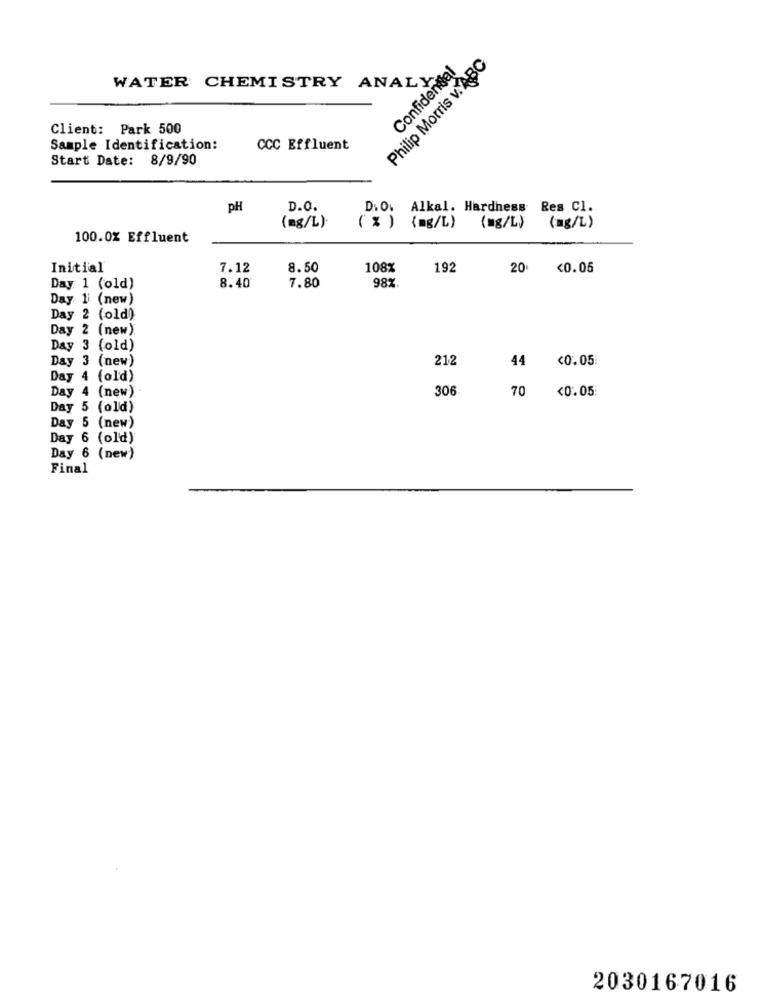
Philip Morris v. ABC
Confidental
WATER CHEMISTRY ANALY
Client: Park 500
Sample Identification:
CCC Effluent
Start Date: 8/9/90
pH
D.O.
D. O. Alkal. Hardness Res Cl.
(mg/L).
( % ) {mg/L)
(mg/L) (mg/L)
100.0% Effluent
Initial
7.12
8.50
108%
192
20 <0.05
8.40
7.80
Day 1 (old)
98%
Day 1 (new)
Day 2 (old)
Day 2 (new)
Day 3 (old)
Day 3 (new)
212
44
<0.05
Day 4 (old)
Day 4 (new)
306
70
<0.05.
Day 5 (old)
Day 5 (new)
Day 6 (old)
Day 6 (new)
Final
2030167016